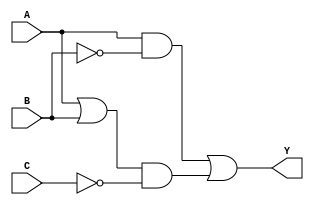
// This program was cloned from: https://github.com/Aryavardhan37/Verilog_codes
// License: MIT License

module q1_structural (
    input A,
    input  B,
    input  C,
    output Y);
    
    wire w1;
    wire w2;
    wire w3;
    wire w4;

    and gate1 (w1, A, ~B);
    or gate2 (w2, A, B);
    not gate3 (w3, C);
    and gate4 (w4,w2, w3);
    or gate5(Y,w1,w4);

endmodule